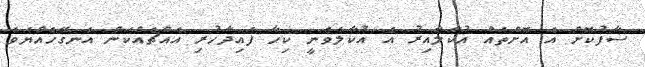
ސާފުކޮށް އެ އޮށްތައް އުކާލާއިރު އެ އުކާލެވެނީ ކިހާ ފައިދާހުރި އެއްޗެއްކަން އެނގޭހެއްޔެވެ